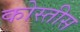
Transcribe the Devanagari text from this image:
कोस्तीस